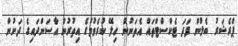
ޕްރެޝަރު ބެލުން ފަދަ ޓެކްސްޓްތައް އެތަނުން ހިލޭ ކުރެވުމުގެ އިތުރުން އާސަންދައިގެ ދަށުން